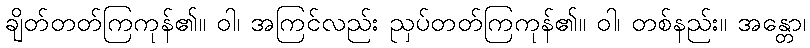
ချိတ်တတ်ကြကုန်၏။ ဝါ၊ အကြင်လည်း ညှပ်တတ်ကြကုန်၏။ ဝါ၊ တစ်နည်း။ အန္တော၊